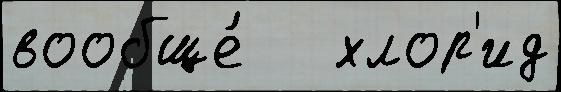
вообще́   хлор'ид